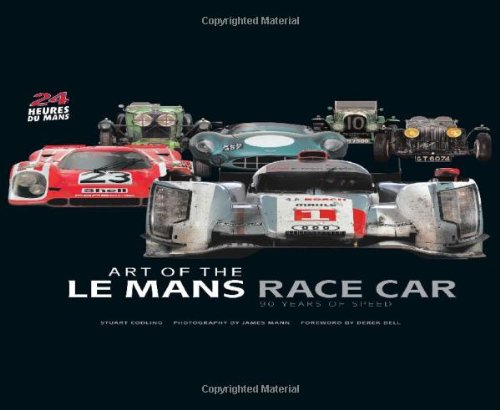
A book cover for Art of the Le Mans Race Car: 90 Years of Speed; Stuart Codling; Engineering & Transportation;